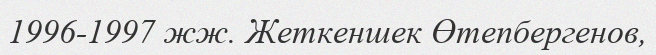
1996-1997 жж. Жеткеншек Өтепбергенов,